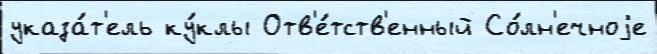
указа́т'ель ку́клы Отв'е́тств'енный Со́лн'ечноjе